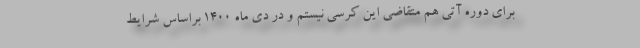
برای دوره آتی هم متقاضی این کرسی نیستم و در دی ماه 1400 براساس شرایط